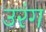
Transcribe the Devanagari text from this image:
उरंग